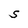
Character: S